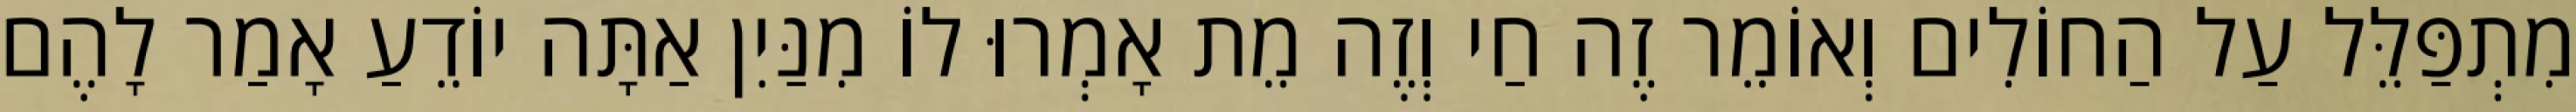
מִתְפַּלֵּל עַל הַחוֹלִים וְאוֹמֵר זֶה חַי וְזֶה מֵת אָמְרוּ לוֹ מִנַּיִן אַתָּה יוֹדֵעַ אָמַר לָהֶם